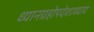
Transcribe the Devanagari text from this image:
ध्यानग्रहोपदेशाध्याय